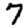
Digit: 7